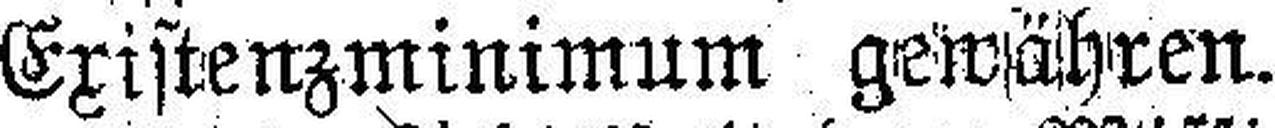
Existenzminimum gewähren.